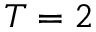
T = 2